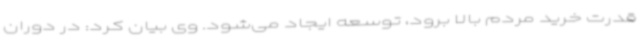
قدرت خرید مردم بالا برود، توسعه ایجاد می‌شود. وی بیان کرد: در دوران